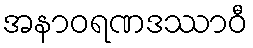
အနာဝရဏဒဿာဝီ